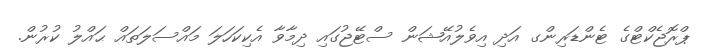
ޕްރޮޖެކްޓްގެ ޓެންޑަރިންގ އަދި އިވެލުއޭޝަން ސްޓޭޖުގައި ދިމާވާ އެކިކަހަލަ މައްސަލަތައް ޙައްލު ކުރުން.